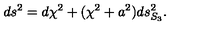
d s ^ { 2 } = d \chi ^ { 2 } + ( \chi ^ { 2 } + a ^ { 2 } ) d s _ { S _ { 3 } } ^ { 2 } .